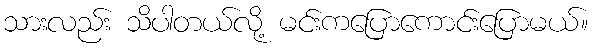
သားလည်း သိပါတယ်လို့ မင်းကပြောကောင်းပြောမယ်။